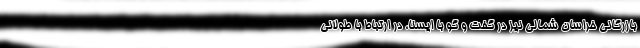
بازرگانی خراسان شمالی نیز در گفت و گو با ایسنا، در ارتباط با طولانی